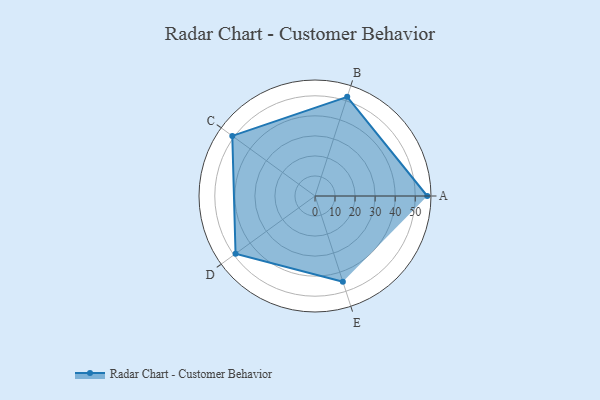
{"axis": {"x": "Skill", "y": "Score"}, "legend": ["Profile"], "data": [{"x": "A", "y": 56.0, "type": "Profile"}, {"x": "B", "y": 52.0, "type": "Profile"}, {"x": "C", "y": 51.0, "type": "Profile"}, {"x": "D", "y": 49.0, "type": "Profile"}, {"x": "E", "y": 45.0, "type": "Profile"}]}